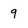
Character: 9